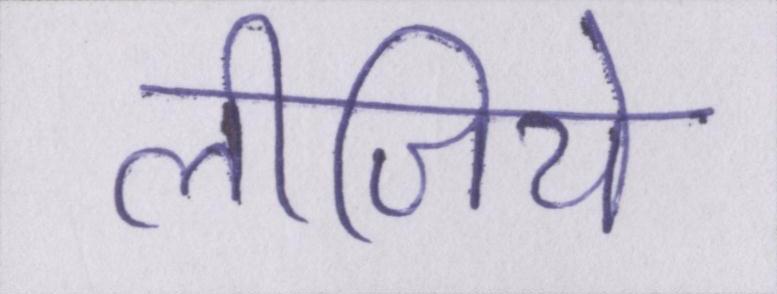
लीजिये